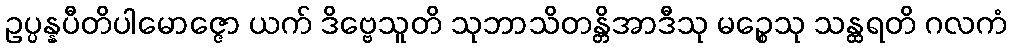
ဥပ္ပန္နပီတိပါမောဇ္ဇော ယက် ဒိဗ္ဗေသူတိ သုဘာသိတန္တိအာဒီသု မဉ္စေသု သန္ထရတိ ဂလကံ